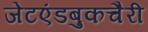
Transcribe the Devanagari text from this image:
जेटएंडबुकचैरी